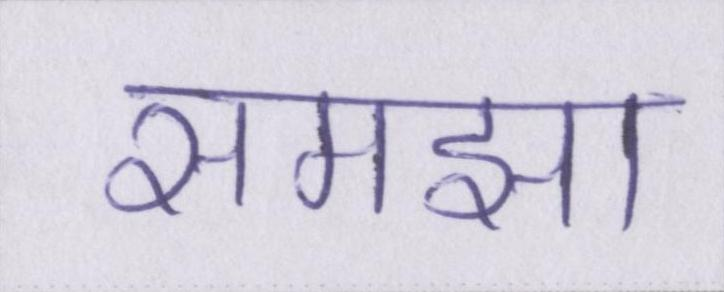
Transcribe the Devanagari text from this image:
समझा